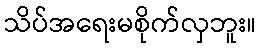
သိပ်အရေးမစိုက်လှဘူး။